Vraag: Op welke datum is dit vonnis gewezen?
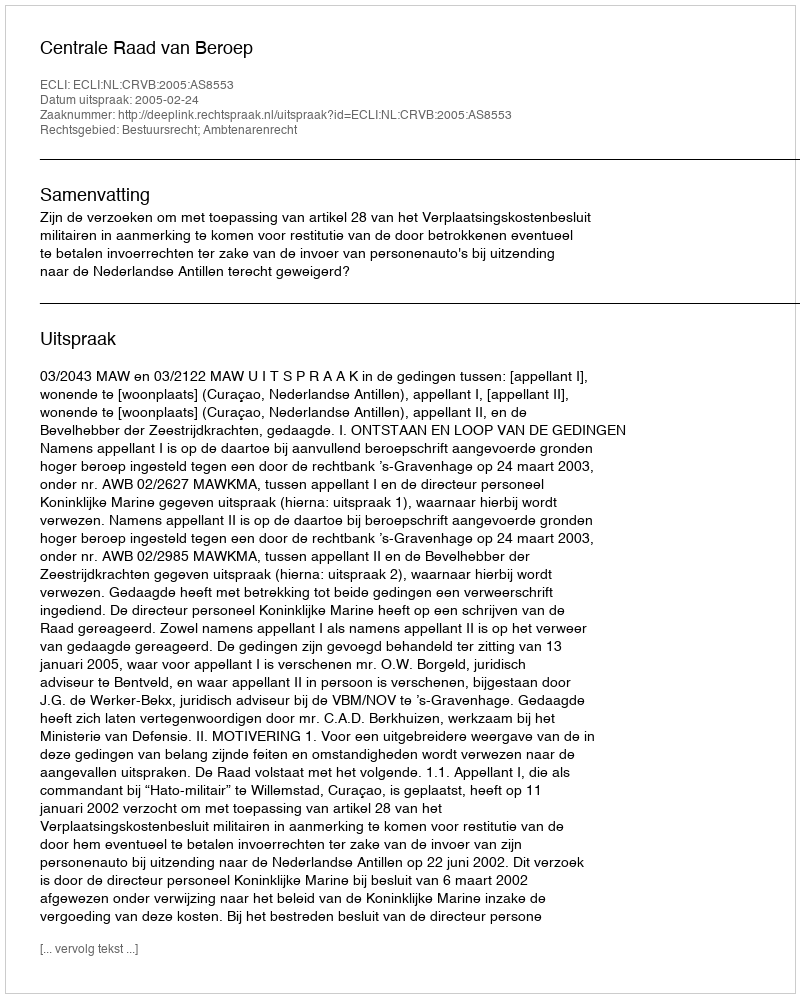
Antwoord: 2005-02-24